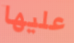
عليها